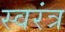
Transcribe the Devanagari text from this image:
स्वरंत्र